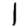
Digit: 1